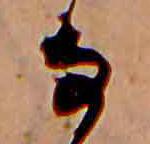
な